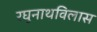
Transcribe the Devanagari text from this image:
रघुनाथविलास